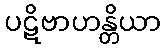
ပဋိဗာဟန္တိယာ